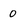
Character: 0